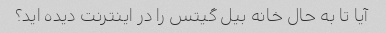
آیا تا به حال خانه بیل گیتس را در اینترنت دیده اید؟